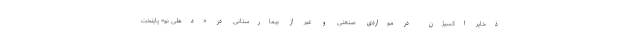
ذخایر اکسیژن در مواردی صنعتی و غیر از بیمارستانی در «دهلی نو» پایتخت